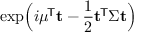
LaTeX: \exp \! { \Big ( } i { \boldsymbol { \mu } } ^ { \! { \mathsf { T } } } \mathbf { t } - { \frac { 1 } { 2 } } \mathbf { t } ^ { \! { \mathsf { T } } } { \boldsymbol { \Sigma } } \mathbf { t } { \Big ) }